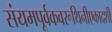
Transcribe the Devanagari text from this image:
संयमपूर्वकवरूथिनीएकादशी